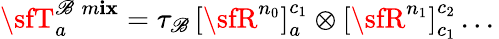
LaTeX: {\sfT}_{a}^{\mathscr{B}\; m\mathbf{i}\mathbf{x}}=\tau_{\mathscr{B}}\, \left[{\sfR}^{n_{0}}\right]_{a}^{c_{1}}\otimes\left[{\sfR}^{n_{1}}\right]_{c_{1}}^{c_{2}}\, ...\,